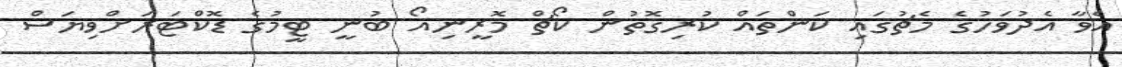
އެވާ އެދުވަހުގެ މެޗުގައި ކަންތައް ކުރިގޮތުން ކޯޗް މޮރީނިއޯ ބުނީ ޓީމުގެ ޑޮކްޓަރަށްވިޔަސް